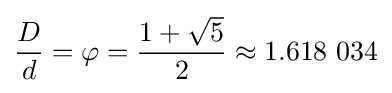
{D \over d}=\varphi ={{1+{\sqrt {5}}} \over 2}\approx 1.618~034